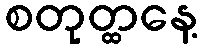
စတုတ္ထနေ့